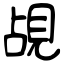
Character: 覘